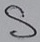
Text: S